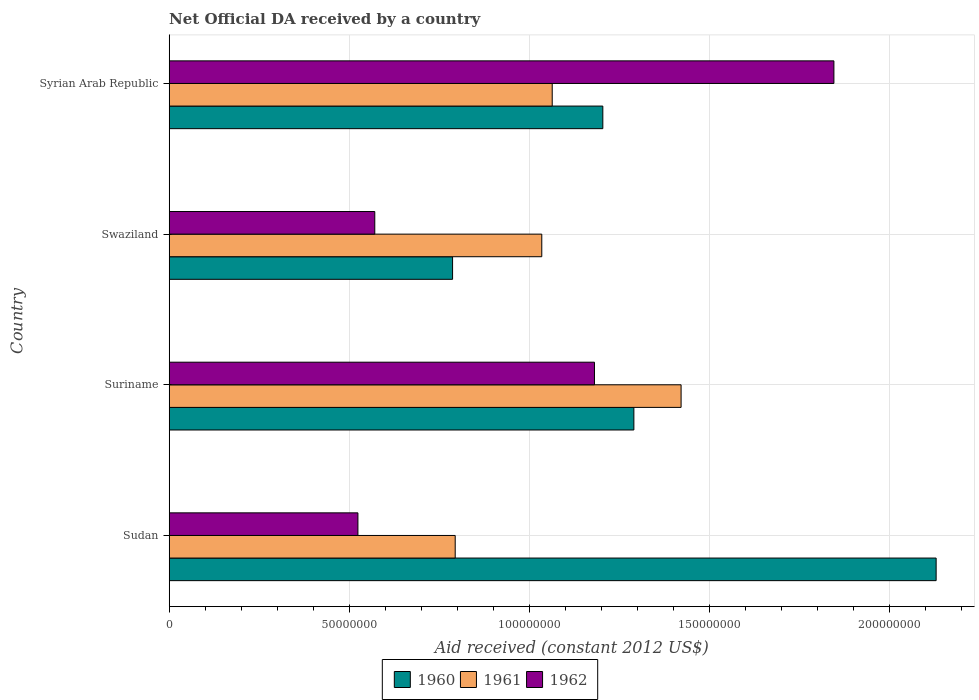
| Country | 1960 | 1961 | 1962 |
 | --- | --- | --- | --- |
 | Sudan | 2.13e+08 | 7.94e+07 | 5.24e+07 |
 | Suriname | 1.29e+08 | 1.42e+08 | 1.18e+08 |
 | Swaziland | 7.87e+07 | 1.03e+08 | 5.71e+07 |
 | Syrian Arab Republic | 1.2e+08 | 1.06e+08 | 1.85e+08 |